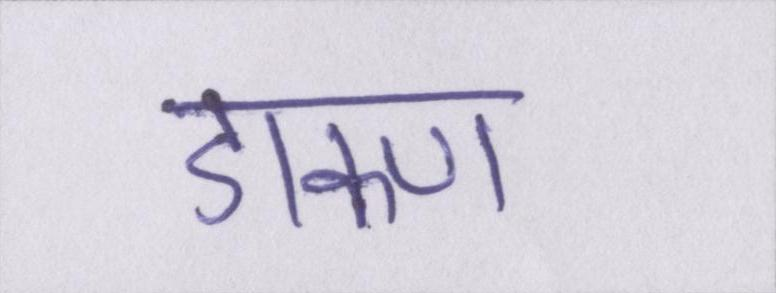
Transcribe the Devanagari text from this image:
डाकण